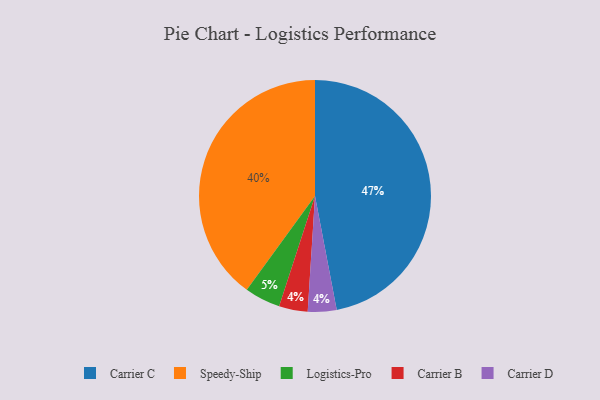
{"axis": {"x": "Category", "y": "Percentage"}, "legend": ["Carrier B", "Carrier C", "Carrier D", "Logistics-Pro", "Speedy-Ship"], "data": [{"x": "Carrier B", "y": 4, "type": "Carrier B"}, {"x": "Carrier D", "y": 4, "type": "Carrier D"}, {"x": "Logistics-Pro", "y": 5, "type": "Logistics-Pro"}, {"x": "Speedy-Ship", "y": 40, "type": "Speedy-Ship"}, {"x": "Carrier C", "y": 47, "type": "Carrier C"}]}